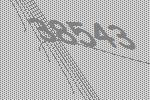
38543